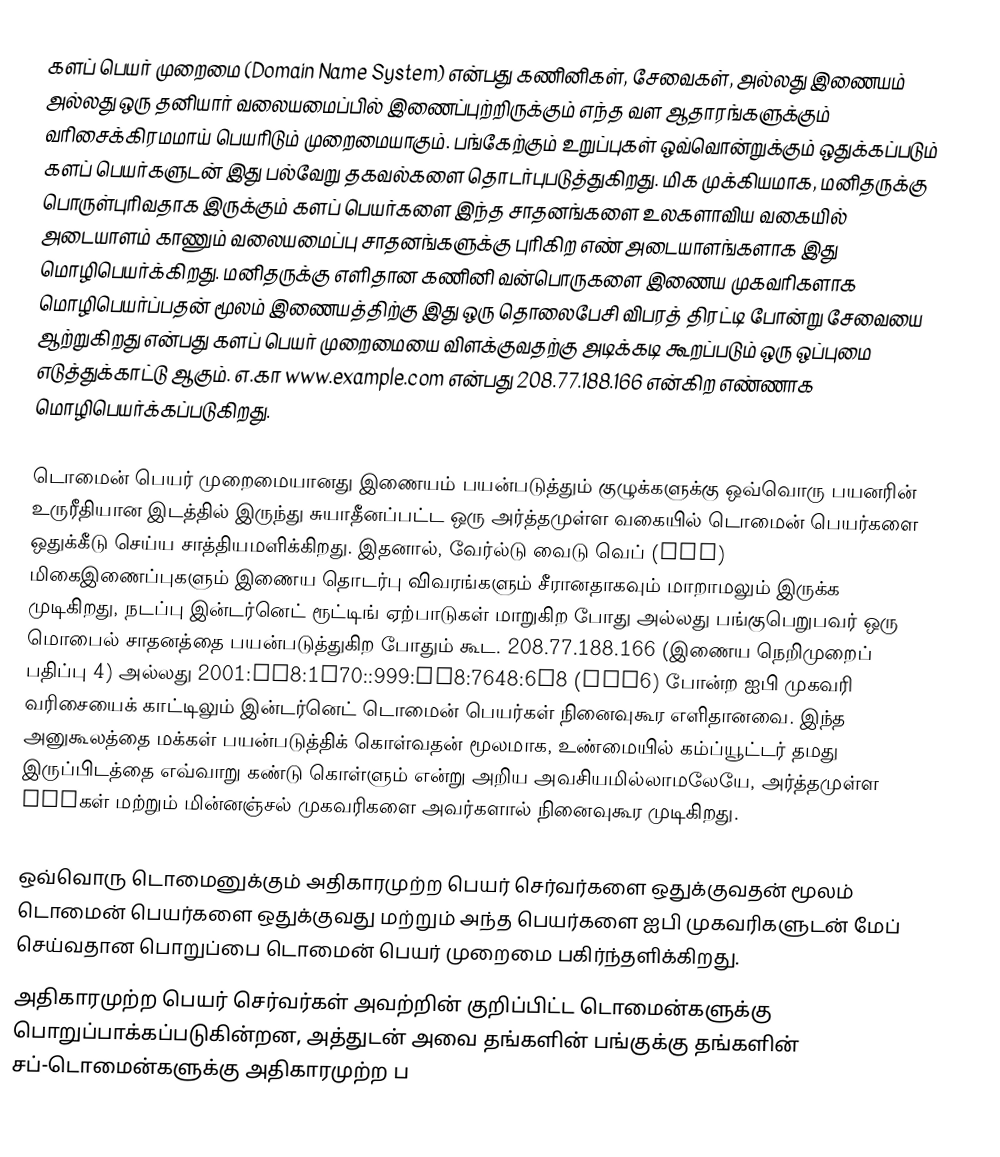
களப் பெயர் முறைமை (Domain Name System) என்பது கணினிகள், சேவைகள், அல்லது இணையம் அல்லது ஒரு தனியார் வலையமைப்பில் இணைப்புற்றிருக்கும் எந்த வள ஆதாரங்களுக்கும் வரிசைக்கிரமமாய் பெயரிடும் முறைமையாகும். பங்கேற்கும் உறுப்புகள் ஒவ்வொன்றுக்கும் ஒதுக்கப்படும் களப் பெயர்களுடன் இது பல்வேறு தகவல்களை தொடர்புபடுத்துகிறது. மிக முக்கியமாக, மனிதருக்கு பொருள்புரிவதாக இருக்கும் களப் பெயர்களை இந்த சாதனங்களை உலகளாவிய வகையில் அடையாளம் காணும் வலையமைப்பு சாதனங்களுக்கு புரிகிற எண் அடையாளங்களாக இது மொழிபெயர்க்கிறது. மனிதருக்கு எளிதான கணினி வன்பொருகளை இணைய முகவரிகளாக மொழிபெயர்ப்பதன் மூலம் இணையத்திற்கு இது ஒரு தொலைபேசி விபரத் திரட்டி போன்று சேவையை ஆற்றுகிறது என்பது களப் பெயர் முறைமையை விளக்குவதற்கு அடிக்கடி கூறப்படும் ஒரு ஒப்புமை எடுத்துக்காட்டு ஆகும். எ.கா www.example.com என்பது 208.77.188.166 என்கிற எண்ணாக மொழிபெயர்க்கப்படுகிறது.

டொமைன் பெயர் முறைமையானது இணையம் பயன்படுத்தும் குழுக்களுக்கு ஒவ்வொரு பயனரின் உருரீதியான இடத்தில் இருந்து சுயாதீனப்பட்ட ஒரு அர்த்தமுள்ள வகையில் டொமைன் பெயர்களை ஒதுக்கீடு செய்ய சாத்தியமளிக்கிறது. இதனால், வேர்ல்டு வைடு வெப் (www) மிகைஇணைப்புகளும் இணைய தொடர்பு விவரங்களும் சீரானதாகவும் மாறாமலும் இருக்க முடிகிறது, நடப்பு இன்டர்னெட் ரூட்டிங் ஏற்பாடுகள் மாறுகிற போது அல்லது பங்குபெறுபவர் ஒரு மொபைல் சாதனத்தை பயன்படுத்துகிற போதும் கூட. 208.77.188.166 (இணைய நெறிமுறைப் பதிப்பு 4) அல்லது 2001:db8:1f70::999:de8:7648:6e8 (IPv6) போன்ற ஐபி முகவரி வரிசையைக் காட்டிலும் இன்டர்னெட் டொமைன் பெயர்கள் நினைவுகூர எளிதானவை. இந்த அனுகூலத்தை மக்கள் பயன்படுத்திக் கொள்வதன் மூலமாக, உண்மையில் கம்ப்யூட்டர் தமது இருப்பிடத்தை எவ்வாறு கண்டு கொள்ளும் என்று அறிய அவசியமில்லாமலேயே, அர்த்தமுள்ள URLகள் மற்றும் மின்னஞ்சல் முகவரிகளை அவர்களால் நினைவுகூர முடிகிறது.

ஒவ்வொரு டொமைனுக்கும் அதிகாரமுற்ற பெயர் செர்வர்களை ஒதுக்குவதன் மூலம் டொமைன் பெயர்களை ஒதுக்குவது மற்றும் அந்த பெயர்களை ஐபி முகவரிகளுடன் மேப் செய்வதான பொறுப்பை டொமைன் பெயர் முறைமை பகிர்ந்தளிக்கிறது.
அதிகாரமுற்ற பெயர் செர்வர்கள் அவற்றின் குறிப்பிட்ட டொமைன்களுக்கு பொறுப்பாக்கப்படுகின்றன, அத்துடன் அவை தங்களின் பங்குக்கு தங்களின் சப்-டொமைன்களுக்கு அதிகாரமுற்ற ப